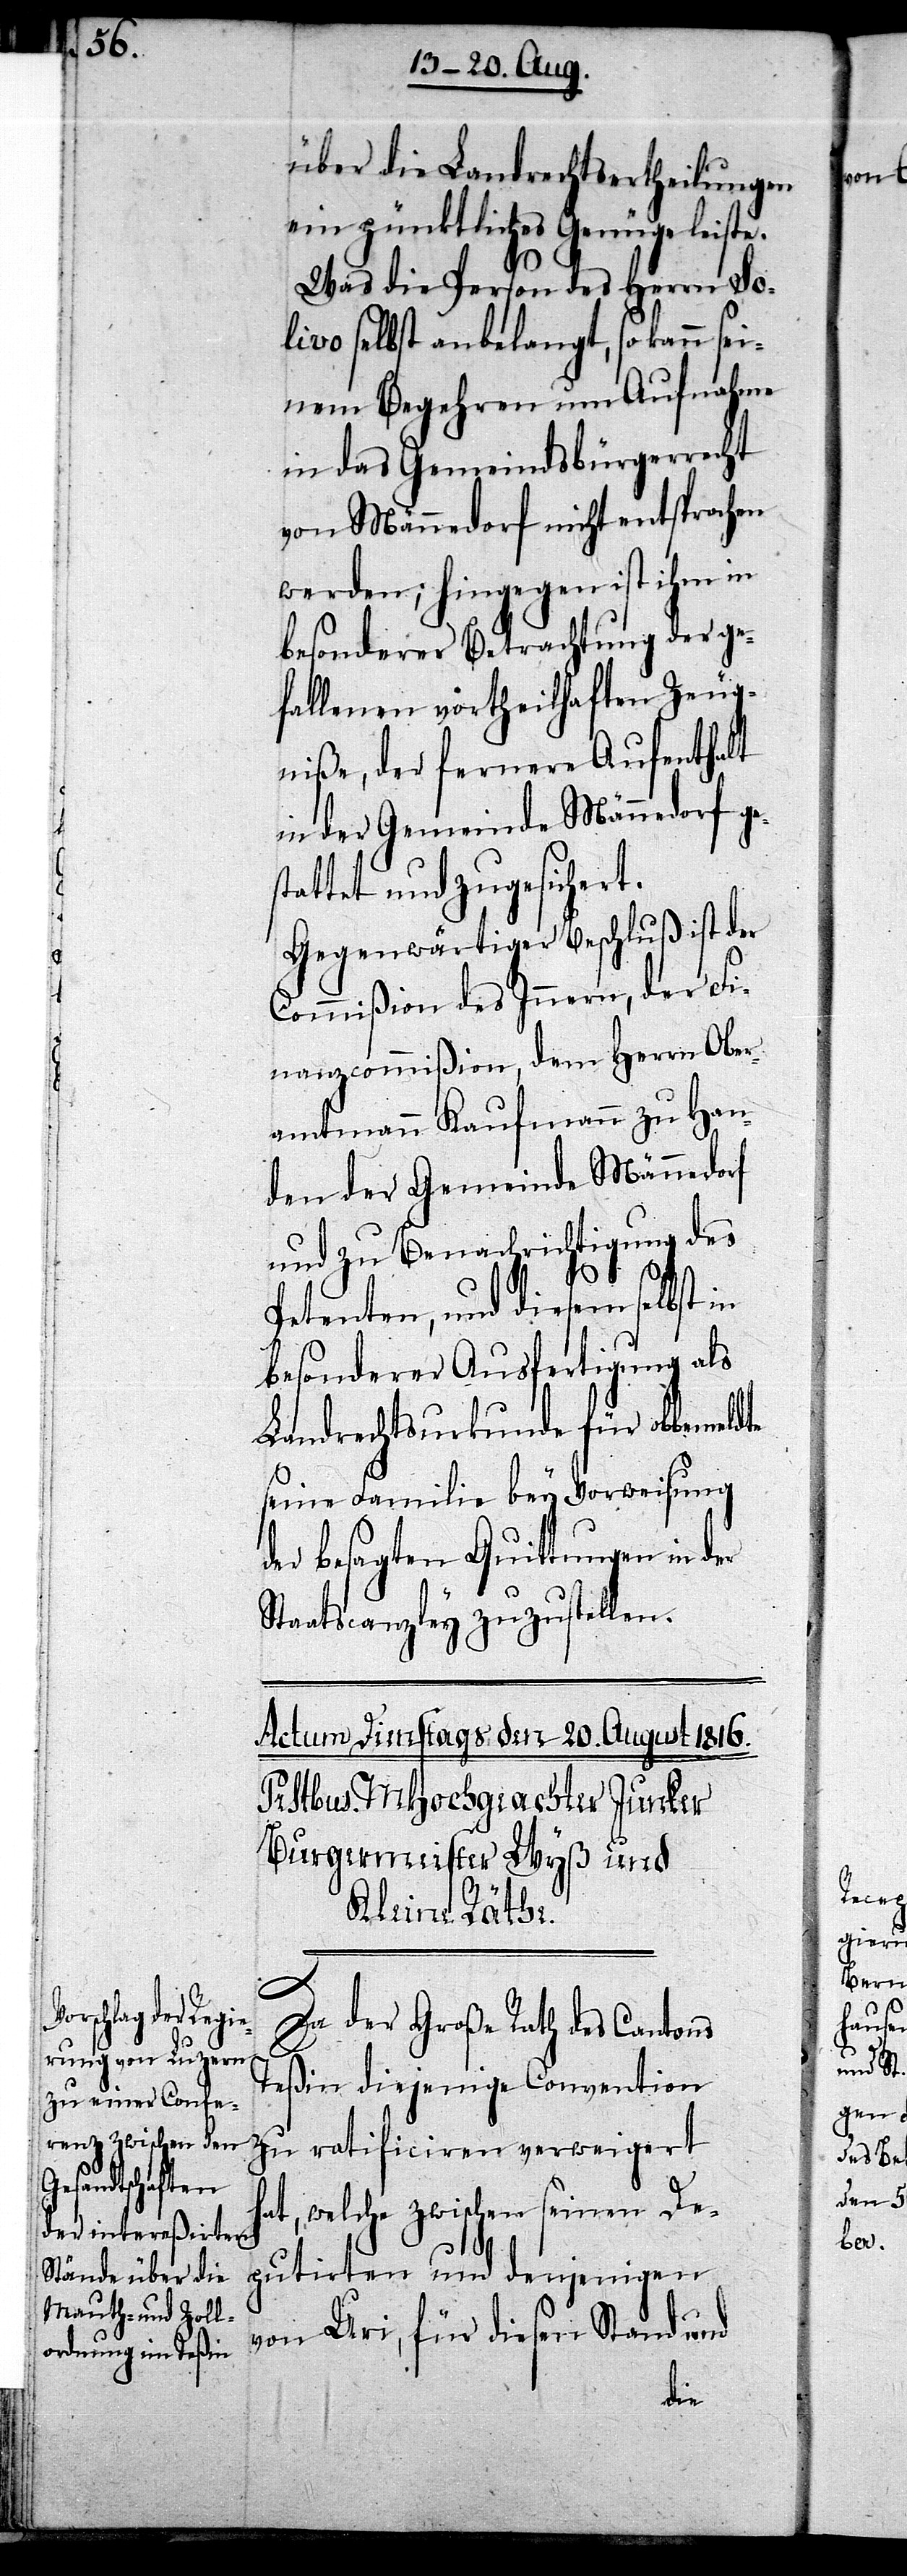
über die Landrechtsertheilungen
ein pünktliches Genüge leiste.
Was die Person des Herrn So¬
livo selbst anbelangt, so kann sei¬
nem Begehren um Aufnahme
in das Gemeindsbürgerrecht
von Männedorf nicht entsprochen
werden; hingegen ist ihm in
besonderer Betrachtung der ge¬
fallenen vortheilhaften Zeug¬
niße, der fernere Aufenthalt
in der Gemeinde Männedorf ge¬
stattet und zugesichert.
Gegenwärtiger Beschluß ist der
Commißion des Innern, der Fi¬
nanzcommißion, dem Herrn Ober¬
amtmann Kaufmann zu Han¬
den der Gemeinde Männedorf
und zu Benachrichtigung des
Petenten, und diesem selbst in
besonderer Ausfertigung als
Landrechtsurkunde für obbemeldte
seine Familie bey Vorweisung
der besagten Quittungen in der
Staatscanzley zuzustellen.
Da der Große Rath des Cantons
Teßin diejenige Convention
zu ratificiren verweigert
hat, welche zwischen seinen De¬
putirten und denjenigen
von Uri, für diesen Stand und